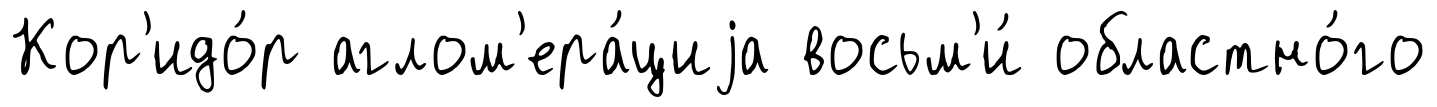
Кор'идо́р аглом'ера́циjа восьм'и́ областно́го